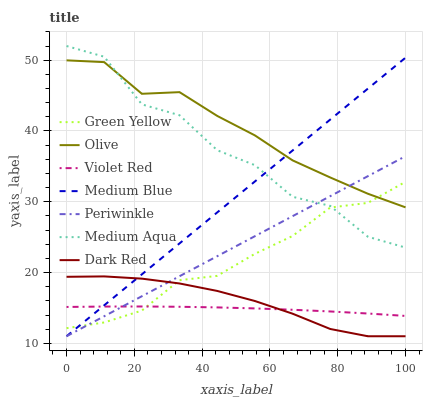
| xaxis_label | Green Yellow | Olive | Violet Red | Medium Blue | Periwinkle | Medium Aqua | Dark Red |
 | --- | --- | --- | --- | --- | --- | --- | --- |
 | 0 | 12.1 | 50 | 15.1 | 11 | 11 | 52 | 19.4 |
 | 11.1 | 12.9 | 49.7 | 15.2 | 15.4 | 13.8 | 50.5 | 19.5 |
 | 22.2 | 14.6 | 45.3 | 15.2 | 19.7 | 16.7 | 43.8 | 19.1 |
 | 33.3 | 18.9 | 45.5 | 15.2 | 24.1 | 19.5 | 42.2 | 18.5 |
 | 44.4 | 19.5 | 42.1 | 15.1 | 28.5 | 22.3 | 37.3 | 17.4 |
 | 55.6 | 22.6 | 39.4 | 14.9 | 32.9 | 25.1 | 35.2 | 16 |
 | 66.7 | 25.2 | 35.8 | 14.7 | 37.2 | 28 | 30.7 | 14.2 |
 | 77.8 | 29.2 | 33.4 | 14.5 | 41.6 | 30.8 | 29.4 | 12 |
 | 88.9 | 29.8 | 31.1 | 14.2 | 46 | 33.6 | 25.1 | 11 |
 | 100 | 32.8 | 29.2 | 13.9 | 50.4 | 36.4 | 23.5 | 11 |